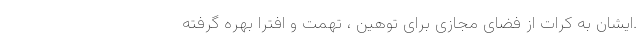
.ایشان به کرات از فضای مجازی برای توهین ، تهمت و افترا بهره گرفته